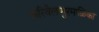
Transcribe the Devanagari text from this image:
करिवेलप्पुरमाळिका